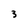
Character: 3